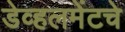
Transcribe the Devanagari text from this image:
डेव्हलमेंटचे